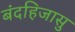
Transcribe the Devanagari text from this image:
बंदहिजासु